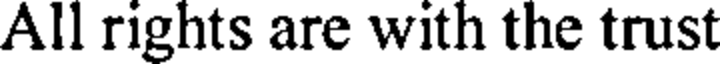
All rights are with the trust